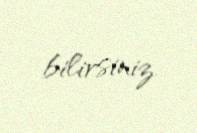
bilirsiniz.